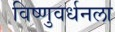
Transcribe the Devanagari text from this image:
विष्णुवर्धनला